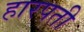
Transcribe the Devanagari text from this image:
हारपती